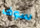
سوف